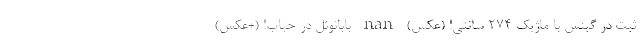
ثبت در گینس با ماژیک 274 سانتی! (عکس) nan بابانوئل در حباب! (+عکس)